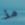
مذ